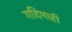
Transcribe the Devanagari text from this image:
गदिमाही